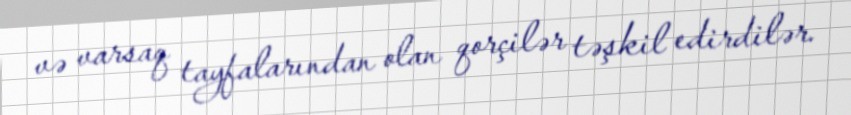
və varsaq tayfalarından olan qorçilər təşkil edirdilər.